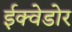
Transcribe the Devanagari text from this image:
ईक्वेडोर